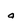
Character: a